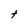
Character: t